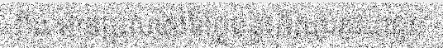
ពីង មានប្រសាសន៍ថ្លែងនូវអំណរគុណជូន